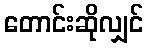
တောင်းဆိုလျှင်